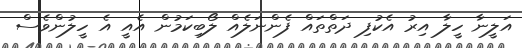
އަލީނާ ހީލާ އިރު އެކުފި ދަތްތައް ފެންނަލެއް ލޯބިކަމުން އެއީ އެ ހީލުންވެސް